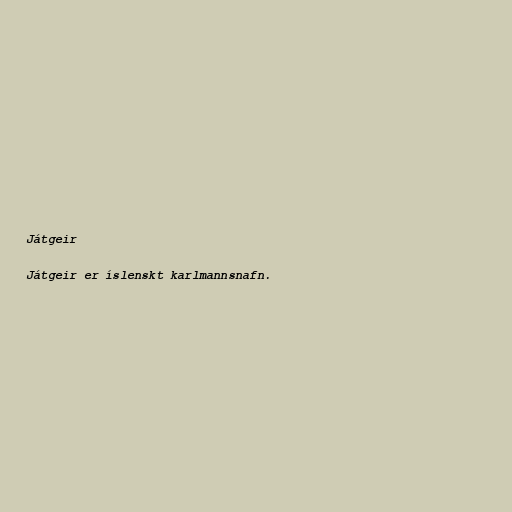
Játgeir

Játgeir er íslenskt karlmannsnafn.